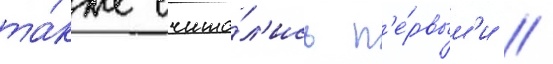
та́кже счита́л'ись п'е́рвым'и /